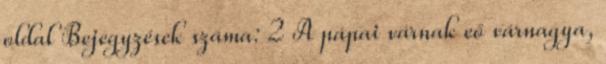
oldal Bejegyzések száma: 2 A pápai várnak eő várnagya,